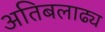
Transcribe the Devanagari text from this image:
अतिबलाढ्य